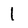
Character: l